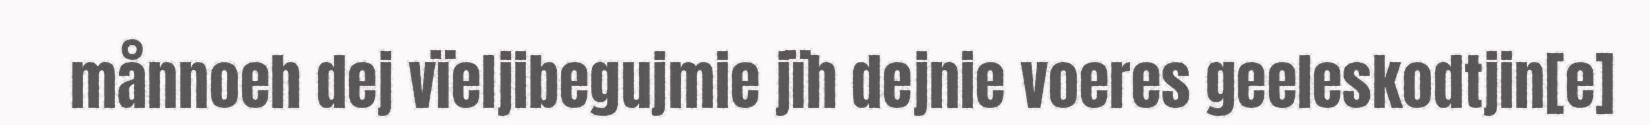
månnoeh dej vïeljibegujmie jïh dejnie voeres geeleskodtjin[e]